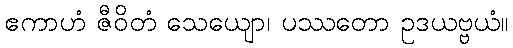
ဧကာဟံ ဇီဝိတံ သေယျော၊ ပဿတော ဥဒယဗ္ဗယံ။